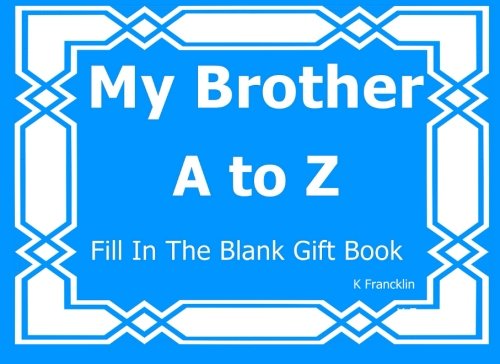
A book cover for My Brother A to Z Fill In The Blank Gft Book (A to Z Gift Books) (Volume 10); K Francklin; Parenting & Relationships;